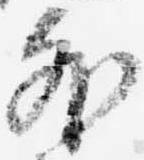
外